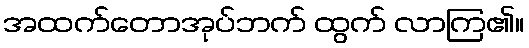
အထက်တောအုပ်ဘက် ထွက် လာကြ၏။